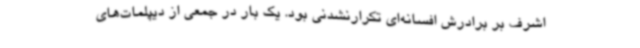
اشرف بر برادرش افسانه‌ای تکرارنشدنی بود. یک بار در جمعی از دیپلمات‌های